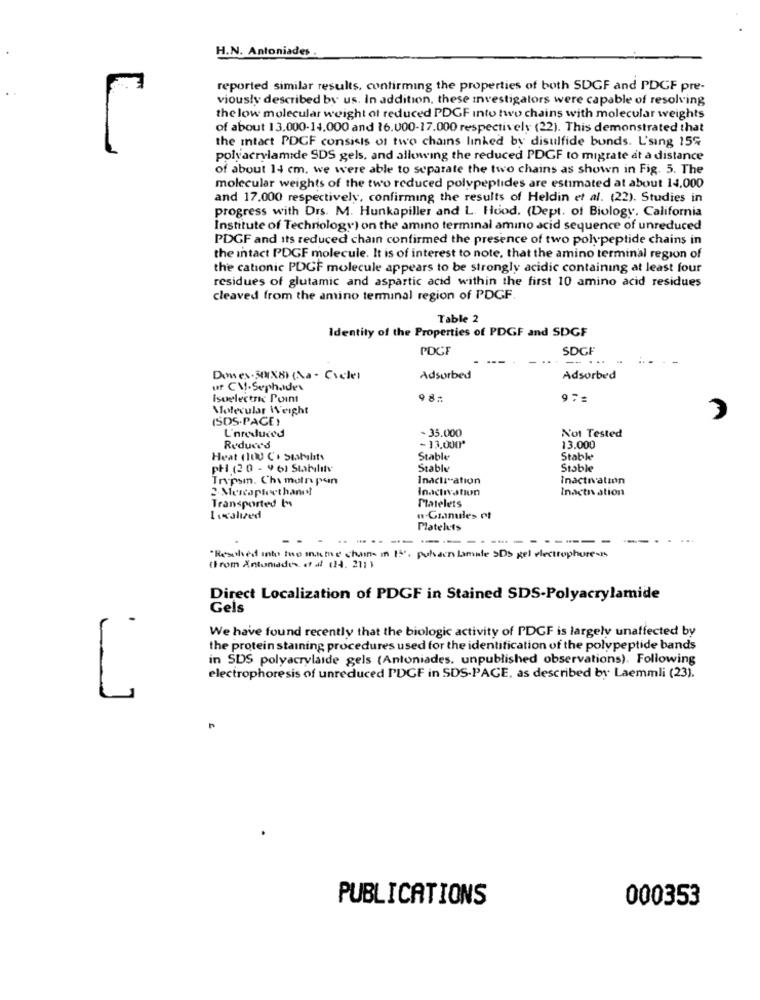
H.N. Antoniades
7
reported similar results, confirming the properties of both SDGF and PDGF pre-
viously described by us. In addition, these investigators were capable of resolving
the low molecular weight of reduced PDGF into two chains with molecular weights
of about 13.000-14,000 and 16.000-17.000 respectively (22). This demonstrated that
the intact PDGF consists of two chains linked by disulfide bunds. L'sing 15%
polyacrylamide SDS gels, and allowing the reduced PDGF to migrate at a distance
of about 14 cm. we were able to separate the two chains as shown in Fig. 5. The
molecular weights of the two reduced polypeptides are estimated at about 14,000
and 17,000 respectively, confirming the results of Heldin et al. (22). Studies in
progress with Drs. M. Hunkapiller and L. Hood. (Dept. of Biology, California
Institute of Technology) on the amino terminal amino acid sequence of unreduced
PDGF and its reduced chain confirmed the presence of two polypeptide chains in
the intact PDGF molecule. It is of interest to note, that the amino terminal region of
the cationic PDGF molecule appears to be strongly acidic containing at least four
residues of glutamic and aspartic acid within the first 10 amino acid residues
cleaved from the amino terminal region of PDGF.
Table 2
Identity of the Properties of PDGF and SDGF
PDCF
SDGF
--
Domes.50(X8) (a - Cicli
Adsorbed
Adsorbed
ur CM-Sephades
Isoelectric Point
Molecular Weight
(SDS.PACE)
3
- 35.000
L'areduced
Not Tested
Reduces
-13.000*
13.000
Heat (100 C+ Stabilts
Stable
Stabk
phi (2 0 - 9 6) Stability
Stable
Stable
Trypsm. Chi muin pun
Inacir-ation
Inactivation
2-Mercapteethanol
Inactivation
Inacti ation
Platelets
Transported Is
Localized
Platelets
--------------------
·Resolved into two sname chone in 15%. pulsaen Lamale SDS gel electrophoresis
(From Antoniades et al (14. 211 )
Direct Localization of PDGF in Stained SDS-Polyacrylamide
Gels
We have found recently that the biologic activity of PDGF is largely unaffected by
the protein staining procedures used for the identification of the polypeptide bands
in SDS polyacrylaide gels (Antoniades. unpublished observations). Following
electrophoresis of unreduced I'DCF in SDS-PACE, as described by Laemmli (23).
PUBLICATIONS
000353